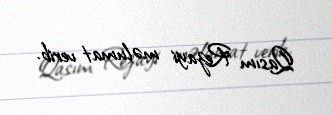
Qasım Rezayi məlumat verib.